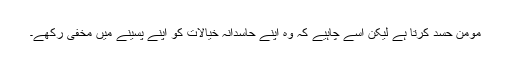
مومن حسد کرتا ہے لیکن اسے چاہیے کہ وہ اپنے حاسدانہ خیالات کو اپنے پسینے میں مخفی رکھے۔